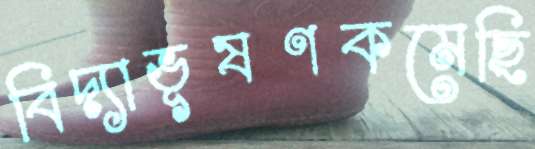
বিদ্যাভূষণকমেছি